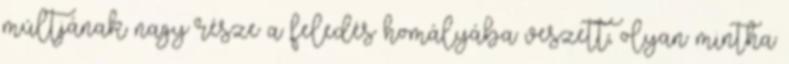
múltjának nagy része a feledés homályába veszett, olyan mintha